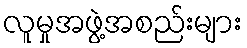
လူမှုအဖွဲ့အစည်းများ